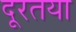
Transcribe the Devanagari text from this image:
दूरतया